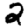
Digit: 2